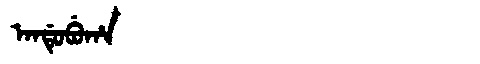
Manchu: ᠠᠨᡩᡠᠪᡠᡥᠠ
Romanization: ANDUBUHA